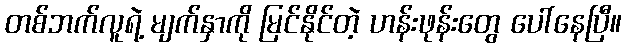
တစ်ဘက်လူရဲ့ မျက်နှာကို မြင်နိုင်တဲ့ ဟန်းဖုန်းတွေ ပေါ်နေပြီ။